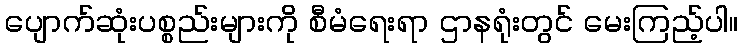
ပျောက်ဆုံးပစ္စည်းများကို စီမံရေးရာ ဌာနရုံးတွင် မေးကြည့်ပါ။